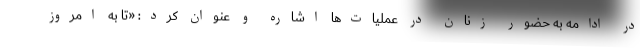
در ادامه به حضور زنان در عملیات‌ها اشاره و عنوان کرد: «تا به امروز